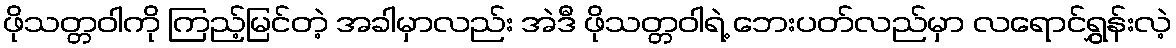
ဖိုသတ္တဝါကို ကြည့်မြင်တဲ့ အခါမှာလည်း အဲဒီ ဖိုသတ္တဝါရဲ့ ဘေးပတ်လည်မှာ လရောင်ရွှန်းလဲ့